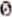
0